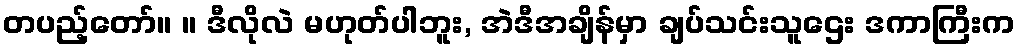
တပည့်တော်။ ။ ဒီလိုလဲ မဟုတ်ပါဘူး, အဲဒီအချိန်မှာ ချပ်သင်းသူဌေး ဒကာကြီးက